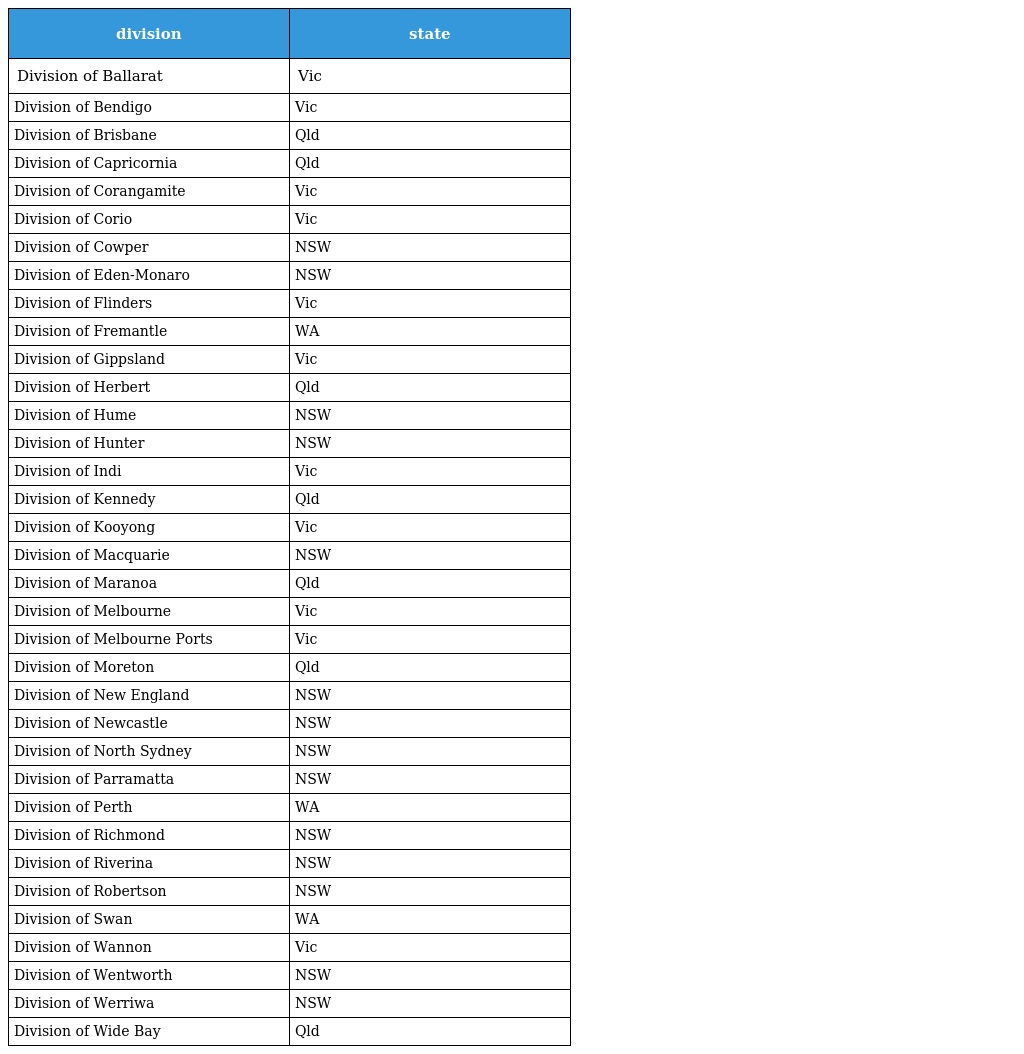
| division | state |
 | --- | --- |
 | Division of Ballarat | Vic |
 | Division of Bendigo | Vic |
 | Division of Brisbane | Qld |
 | Division of Capricornia | Qld |
 | Division of Corangamite | Vic |
 | Division of Corio | Vic |
 | Division of Cowper | NSW |
 | Division of Eden-Monaro | NSW |
 | Division of Flinders | Vic |
 | Division of Fremantle | WA |
 | Division of Gippsland | Vic |
 | Division of Herbert | Qld |
 | Division of Hume | NSW |
 | Division of Hunter | NSW |
 | Division of Indi | Vic |
 | Division of Kennedy | Qld |
 | Division of Kooyong | Vic |
 | Division of Macquarie | NSW |
 | Division of Maranoa | Qld |
 | Division of Melbourne | Vic |
 | Division of Melbourne Ports | Vic |
 | Division of Moreton | Qld |
 | Division of New England | NSW |
 | Division of Newcastle | NSW |
 | Division of North Sydney | NSW |
 | Division of Parramatta | NSW |
 | Division of Perth | WA |
 | Division of Richmond | NSW |
 | Division of Riverina | NSW |
 | Division of Robertson | NSW |
 | Division of Swan | WA |
 | Division of Wannon | Vic |
 | Division of Wentworth | NSW |
 | Division of Werriwa | NSW |
 | Division of Wide Bay | Qld |